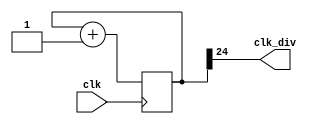
module clock_divider #(parameter n=25)(
    input clk,
    output clk_div
);
    wire [n-1:0] next_num;
    reg [n-1:0] num = 0;

    always@(posedge clk) begin
        num <= next_num;
    end

    assign next_num = num + 1;
    assign clk_div = num[n-1];
endmodule

module lab3_2
(
    input clk,
    input rst,
    input en,
    input speed,
    input freeze,
    output reg [15:0] led
);

reg [15:0] next_led, led_save, next_led_save;

reg [2:0] state, next_state;
parameter init = 3'b000;
parameter racing = 3'b001;
parameter M_finish = 3'b010;
parameter M_win = 3'b011;
parameter C_finish = 3'b100;
parameter C_win = 3'b101;

reg [11:0] car_path_led, next_car_path_led;
reg [11:0] morto_path_led, next_morto_path_led;
reg [1:0] car_point, next_car_point;
reg [1:0] morto_point, next_morto_point;
reg [3:0] counter = 4'b0, next_counter;


wire clk_27, clk_24;
reg clk_use, next_clk_use;
reg clk_use2, next_clk_use2;

clock_divider #(.n(27)) clk27(//6
    .clk(clk),
    .clk_div(clk_27)
);

clock_divider #(.n(24)) clk24(//3
    .clk(clk),
    .clk_div(clk_24)
);

always@(posedge clk)begin
    clk_use <= next_clk_use;
end

always@(posedge clk)begin
    clk_use2 <= next_clk_use2;
end

always@(*)begin
    case(state)
        init:begin
            next_clk_use2 = clk_27;
        end
        racing:begin
            next_clk_use2 = clk_24;
        end
        default:begin
            next_clk_use2 = clk_27;
        end
    endcase
end

always@(*)begin
    case(state)
        racing:begin
            if(speed == 0 || counter > 3) begin
                next_clk_use = clk_27;
            end
            else begin
                next_clk_use = clk_24;
            end 
        end
        default:begin
            next_clk_use = clk_27;
        end
    endcase
end

always@(posedge clk_use or negedge rst)begin//
    if(rst) begin
        car_path_led <= {2'b11,10'b00};
        car_point <= 2'b0;
        counter <= 0;
    end
    else begin
        car_path_led <= next_car_path_led;
        car_point <= next_car_point;
        counter <= next_counter;
    end
end

always@(*)begin
    next_car_path_led = car_path_led;
    next_car_point = car_point;
    next_counter = counter;
    case(state)
        init:begin
            next_car_path_led = {2'b11,10'b0};
            next_car_point = 2'b0;                      
        end
        racing:begin
            if(en) begin
                next_car_path_led = car_path_led >> 1;
            end
            if (speed) begin
                next_counter = counter + 1;
            end
            else if(counter!=0)begin
                next_counter = 4;
            end
        end
        C_win:begin
            next_car_path_led = 12'b1111_1111_1111;
            next_car_point = car_point;
            next_counter = 0;
        end
        C_finish:begin
            next_car_path_led = {2'b11,10'b0};
            next_car_point = car_point+1;
            next_counter = 0;
        end
        M_finish:begin                                  
            next_car_path_led = {2'b11,10'b0};          
            next_car_point = car_point;
            next_counter = 0;                
        end                                             
        M_win:begin                                     
            next_car_path_led = {2'b11,10'b0};          
            next_car_point = 2'b0;
            next_counter = 0;                      
        end                                             
        default:begin
            next_car_path_led = {2'b11,10'b0};
            next_car_point = car_point;
            next_counter = 0; 
        end
    endcase
end

always@(posedge clk_27 or negedge rst)begin//
    if(rst) begin
        morto_path_led <= {3'b0,1'b1,8'b0};
        morto_point <= 2'b0;
    end
    else begin
        morto_path_led <= next_morto_path_led;
        morto_point <= next_morto_point;
    end
end

always@(*)begin
    next_morto_path_led = morto_path_led;
    next_morto_point = morto_point;
    case(state)
        init:begin
            next_morto_path_led = {3'b0,1'b1,8'b0};
            next_morto_point = 2'b0;                    
        end
        racing:begin
            if(en && freeze !=1 ) next_morto_path_led = morto_path_led >> 1;
        end
        M_win:begin
            next_morto_path_led = 12'b1111_1111_1111;
            next_morto_point = morto_point;
        end
        M_finish:begin
            next_morto_path_led = {3'b0,1'b1,8'b0};
            next_morto_point = morto_point+1;
        end
        C_finish:begin                                  
            next_morto_path_led = {3'b0,1'b1,8'b0};     
            next_morto_point = morto_point;             
        end                                             
        C_win:begin                                     
            next_morto_path_led = {3'b0,1'b1,8'b0};     
            next_morto_point = 2'b0;                    
        end                                             
        default:begin
            next_morto_path_led = {3'b0,1'b1,8'b0};
            next_morto_point = morto_point;
        end   
    endcase
end

always@(posedge clk)begin
    if(rst) led <= {2'b0,4'b1101,10'b0};
    else led <= {car_point, car_path_led | morto_path_led, morto_point};
end

always@(posedge clk_use2 or negedge rst)begin//
    if(rst) state <= init;
    else state <= next_state;
end

always@(*)begin
    case(state)
        init:begin
            if(en) next_state = racing;
            else next_state = init;
        end
        racing:begin
            if(morto_path_led == 12'b1 && morto_point == 2'b11) next_state = M_win;
            else if(morto_path_led == 12'b1 && morto_point != 2'b11) next_state = M_finish;
            else if(car_path_led == 12'b11 && car_point != 2'b11) next_state = C_finish;
            else if (car_path_led == 12'b11 && car_point == 2'b11) next_state = C_win;
            else next_state = racing;
        end
        C_win:begin
            next_state = init;
        end
        M_win:begin
            next_state = init;
        end
        C_finish:begin
            next_state = racing;
        end
        M_finish:begin
            next_state = racing;
        end
        default:begin
            next_state = init;
        end
    endcase
end

endmodule

//-------------bug to fix---------------
//1.init
//2.speed up